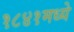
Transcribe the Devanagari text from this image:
१८४१मध्ये